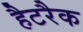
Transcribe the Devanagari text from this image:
हैटरैक